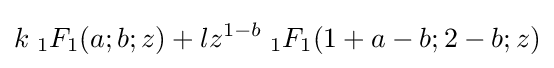
k\;{}_{1}F_{1}(a;b;z)+lz^{1-b}\;{}_{1}F_{1}(1+a-b;2-b;z)